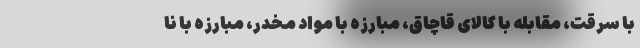
با سرقت، مقابله با کالای قاچاق، مبارزه با مواد مخدر، مبارزه با نا